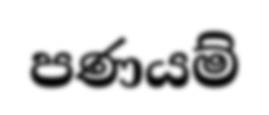
පණයම්